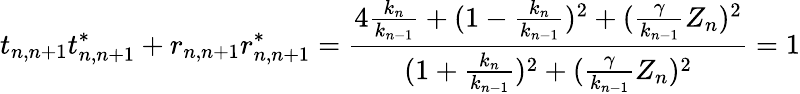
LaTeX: t_{n,n+1}t_{n,n+1}^{*}+r_{n,n+1}r_{n,n+1}^{*}=\frac{4\frac{k_{n}}{k_{n-1}}+(1-\frac{k_{n}}{k_{n-1}})^{2}+(\frac{\gamma}{k_{n-1}}Z_{n})^{2}}{(1+\frac{k_{n}}{k_{n-1}})^{2}+(\frac{\gamma}{k_{n-1}}Z_{n})^{2}}=1